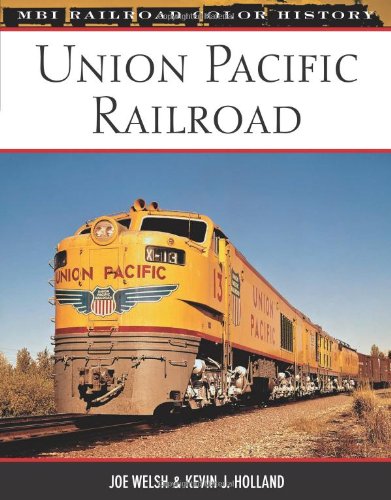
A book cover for Union Pacific Railroad (MBI Railroad Color History); Joe Welsh; Arts & Photography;